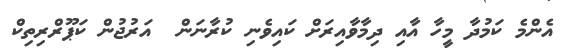
އެންމެ ކަމުދާ މީހާ އާއި ދިމާވާއިރަށް ކައިވެނި ކުރާނަން  އަރުޖުން ކަޕޫރްރިތިކް